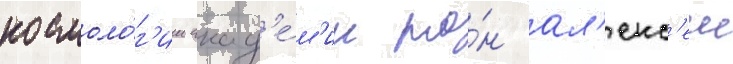
космоло́г'ии акад'е́м'ик ра́н ал'екс'еи